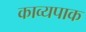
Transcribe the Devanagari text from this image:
काव्यपाक